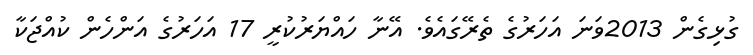
ގުޅިގެން 2013ވަނަ އަހަރުގެ ތެރޭގައެވެ. އޭނާ ހައްޔަރުކުރީ 17 އަހަރުގެ އަންހެން ކުއްޖަކާ